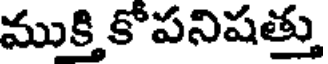
ముక్తి కోపనిషత్తు